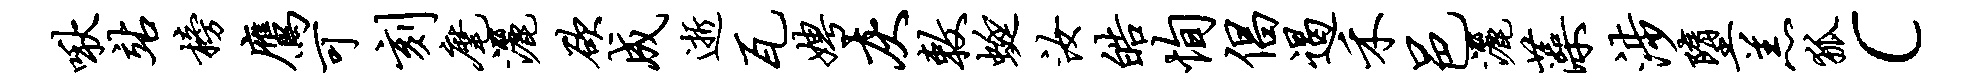
啾站榜鹰可刻麾洒欲成逝瓦娉灰敕蜓汝皓恂倡遏禾邑洒藻涉堕羔狐c